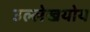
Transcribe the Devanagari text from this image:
उल्लेखयोय